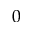
0